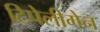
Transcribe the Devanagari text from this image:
टिपेलीगेन